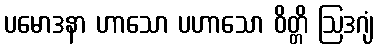
ပမောဒနာ ဟာသော ပဟာသော ဝိတ္တိ ဩဒဂျံ